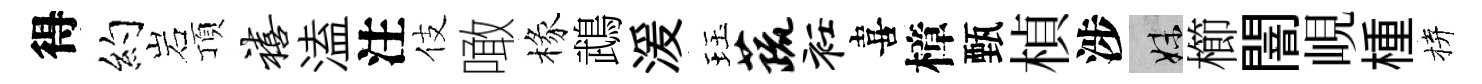
得约岩頂禧溘注伎噉椽鵡湲珏蔬衽喜樟甄楨涉妹櫛闇峴㮔拚